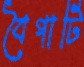
বৈগাটি